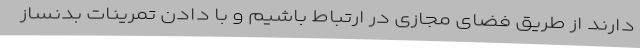
دارند از طریق فضای مجازی در ارتباط باشیم و با دادن تمرینات بدنساز